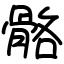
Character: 骼